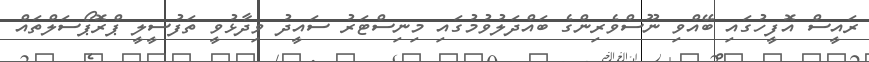
ރައީސް އޮފީހުގައި ބޭއްވި ނޫސްވެރިންގެ ބައްދަލުވުމުގައި މިނިސްޓަރު ސައީދު ވިދާޅުވީ ތަފުސީލީ ޕްރޮޕޯސަލްތައް